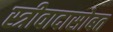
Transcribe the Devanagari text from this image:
स्त्रीवादासोबत